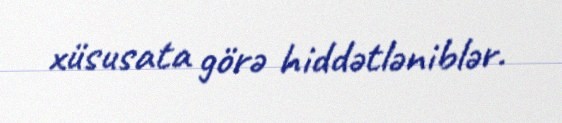
xüsusata görə hiddətləniblər.